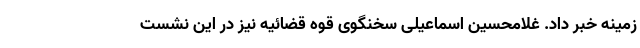
زمینه خبر داد. غلامحسین اسماعیلی سخنگوی قوه قضائیه نیز در این نشست